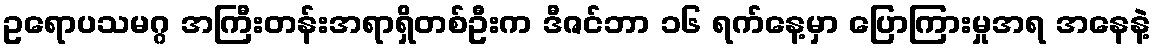
ဥရောပသမဂ္ဂ အကြီးတန်းအရာရှိတစ်ဦးက ဒီဇင်ဘာ ၁၆ ရက်နေ့မှာ ပြောကြားမှုအရ အနေနဲ့